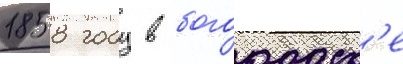
1858 году в богородск'е